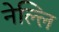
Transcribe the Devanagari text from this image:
नेल्लि